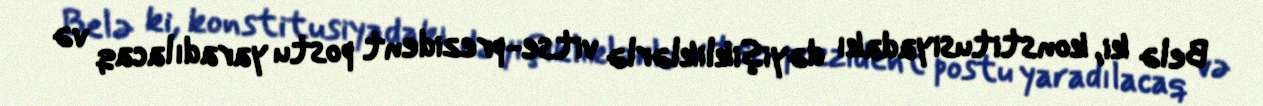
Belə ki, konstitusiyadakı dəyişikliklərlə vitse-prezident postu yaradılacaq və